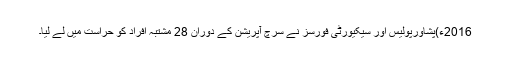
2016ء)پشاورپولیس اور سیکیورٹی فورسز نے سرچ آپریشن کے دوران 28 مشتبہ افراد کو حراست میں لے لیا۔